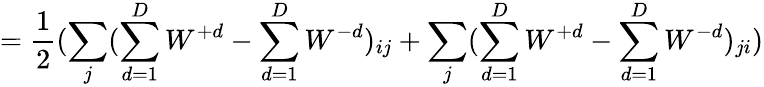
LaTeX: =\frac{1}{2}(\sum_{j}(\sum_{d=1}^{D}W^{+d}-\sum_{d=1}^{D}W^{-d})_{ij}+\sum_{j}(\sum_{d=1}^{D}W^{+d}-\sum_{d=1}^{D}W^{-d})_{ji})